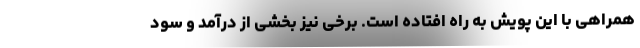
همراهی با این پویش به راه افتاده است. برخی نیز بخشی از درآمد و سود